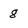
Character: 8